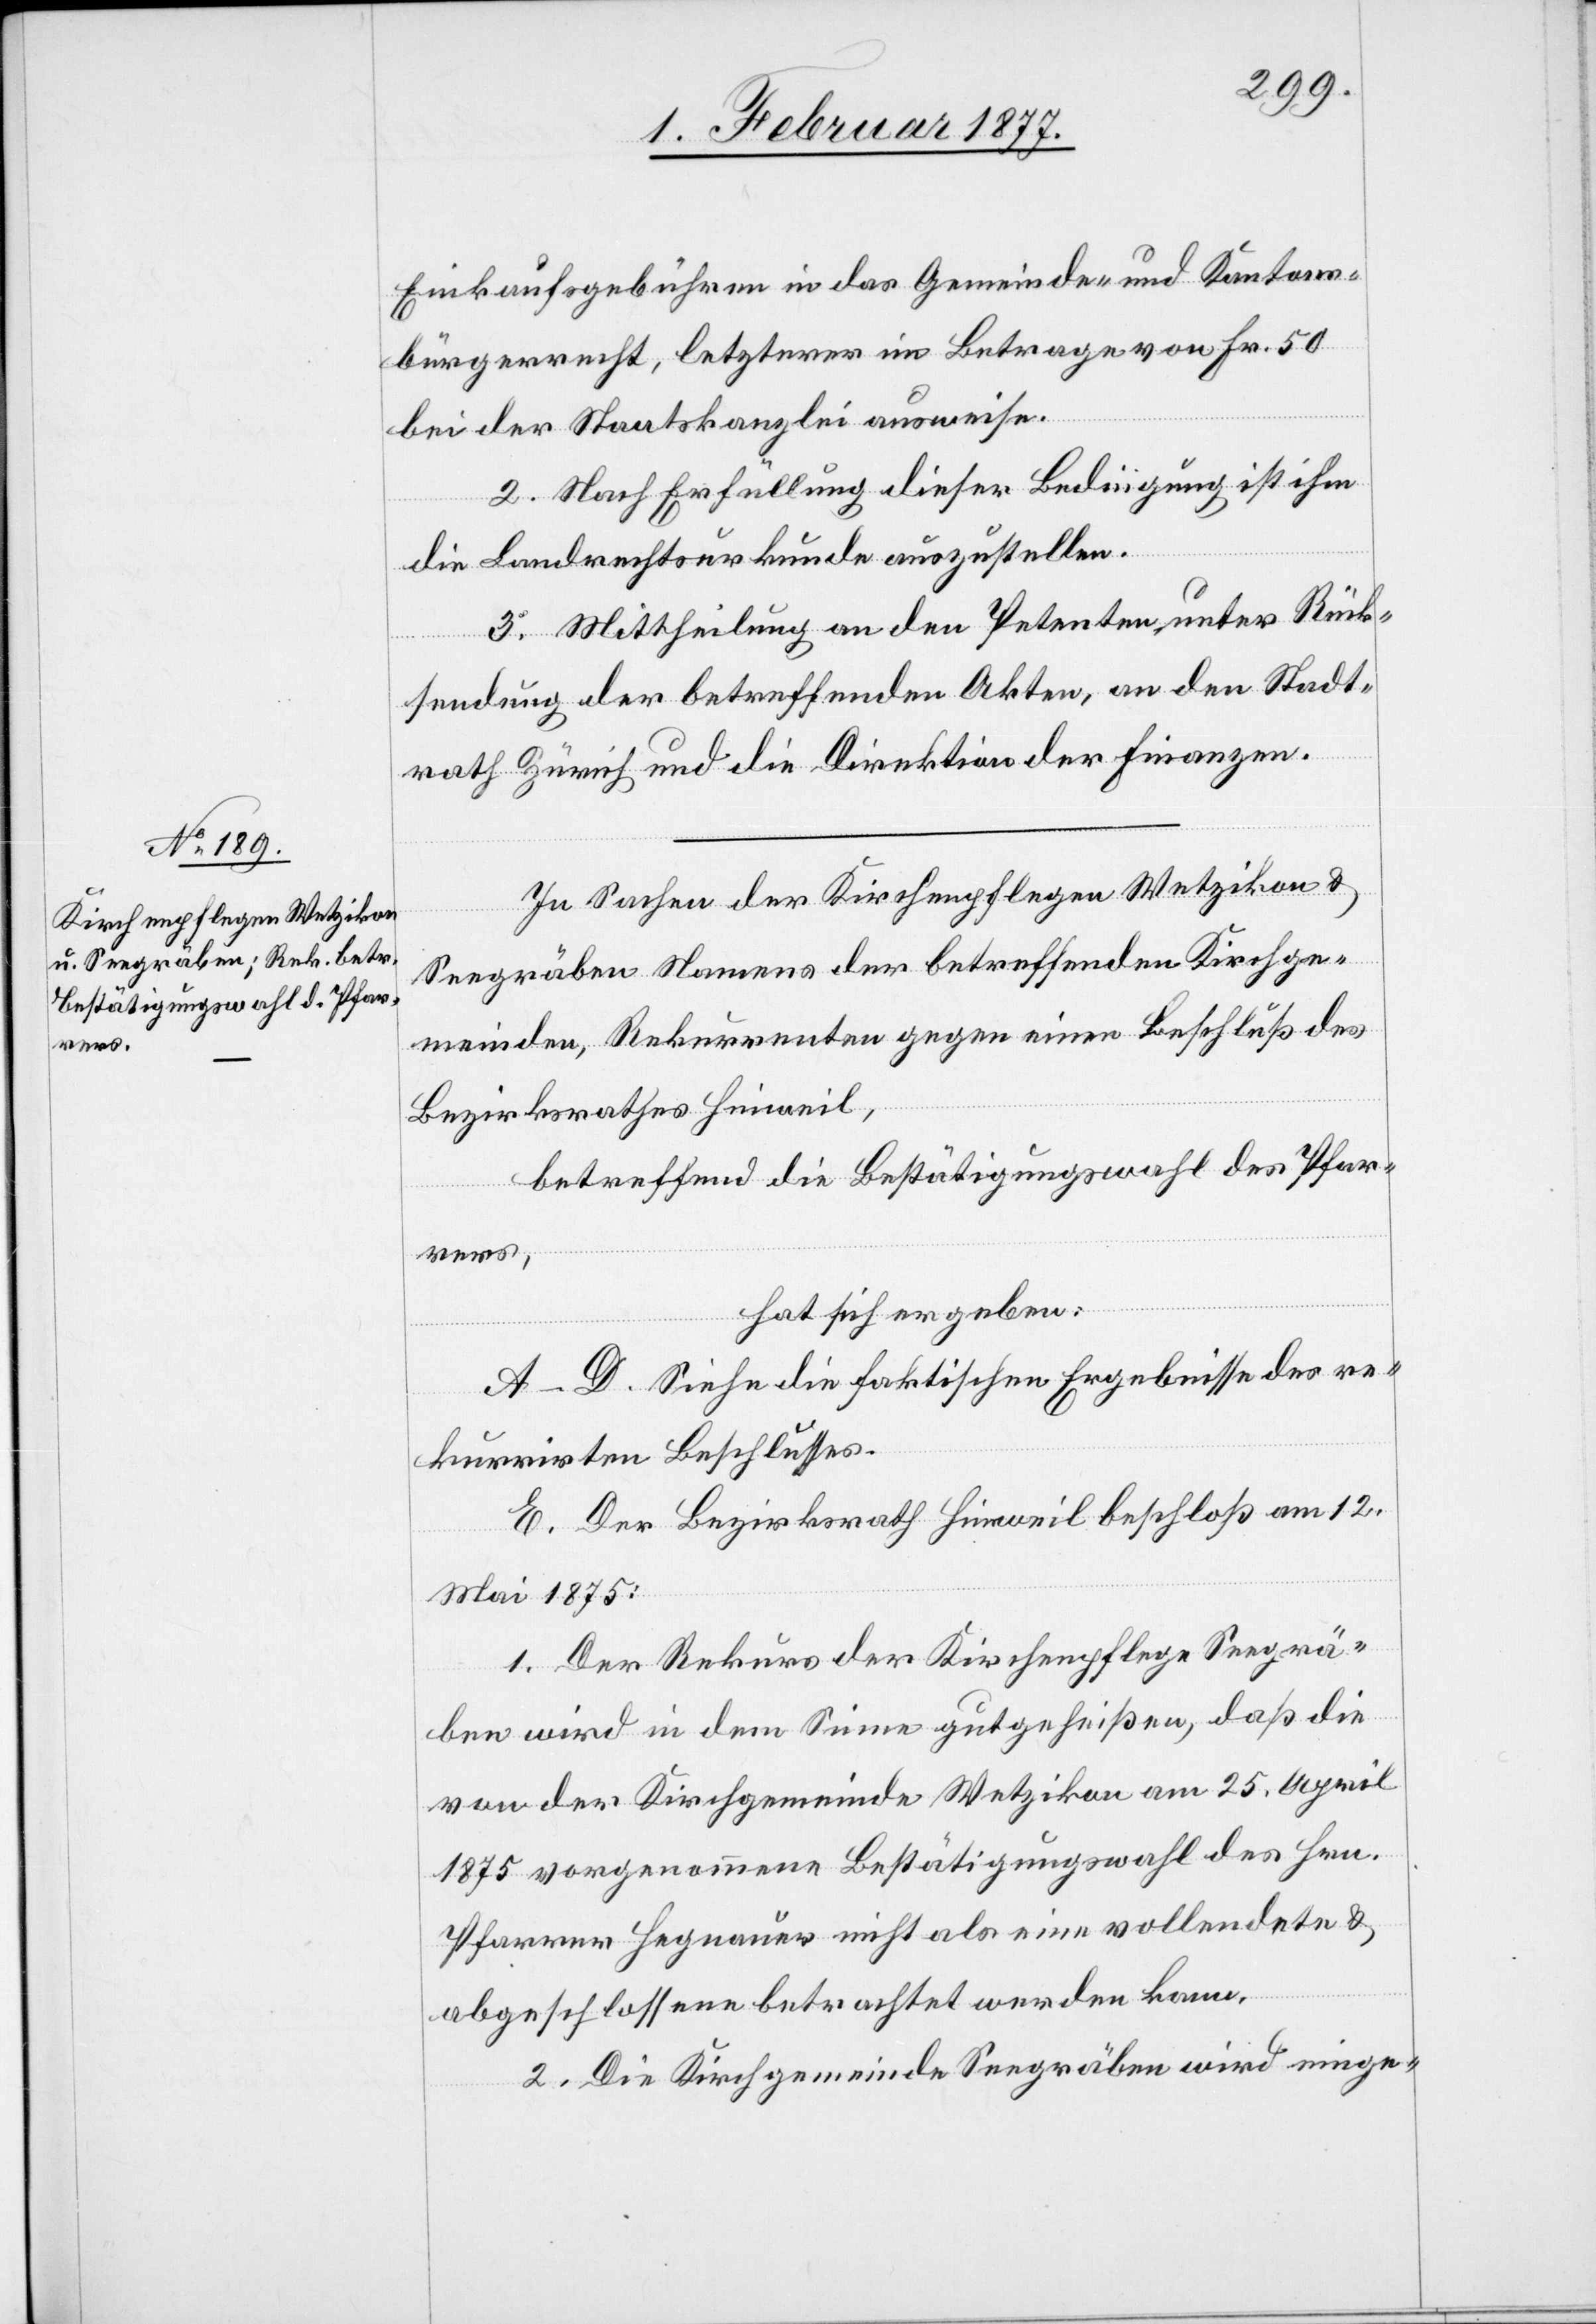
Einkaufsgebühren in das Gemeinde- und Kantons¬
bürgerrecht, letzterer im Betrage von Fr. 50
bei der Staatskanzlei ausweise.
2. Nach Erfüllung dieser Bedingung ist ihm
die Landrechtsurkunde auszustellen.
3. Mittheilung an den Petenten, unter Rück¬
sendung der betreffenden Akten, an den Stadt¬
rath Zürich und die Direktion der Finanzen.
In Sachen der Kirchenpflegen Wetzikon &
Seegräben Namens der betreffenden Kirchge¬
meinden, Rekurrenten gegen einen Beschluß des
Bezirksrathes Hinweil,
betreffend die Bestätigungswahl des Pfar¬
rers,
hat sich ergeben:
A–D. Siehe die faktischen Ergebnisse des re¬
kurrirten Beschlusses.
E. Der Bezirksrath Hinweil beschloß am 12.
Mai 1875:
1. Der Rekurs der Kirchenpflege Seegrä¬
ben wird in dem Sinne gutgeheißen, daß die
von der Kirchgemeinde Wetzikon am 25. April
1875 vorgenommene Bestätigungswahl des Hrn.
Pfarrer Hegnauer nicht als eine vollendete &
abgeschlossene betrachtet werden kann.
2. Die Kirchgemeinde Seegräben wird einge-